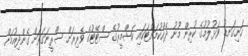
ހަށިގަނޑު ވަޅުލުމުގެ ކުރިން މޫނު ދެއްކުމަށްޓަކައި ކަޝްމީރުގެ ސްޓޭޓުގެ ވެރިރަށް ސްރީނަގަރަށް ގެންދިއުމަށް